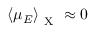
\left< \mu _ { E } \right> _ { \mathrm { ~ X ~ } } \approx 0